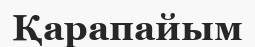
Қарапайым